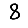
Digit: 8